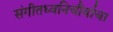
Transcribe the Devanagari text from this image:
संगीतध्वनिचौर्याचा